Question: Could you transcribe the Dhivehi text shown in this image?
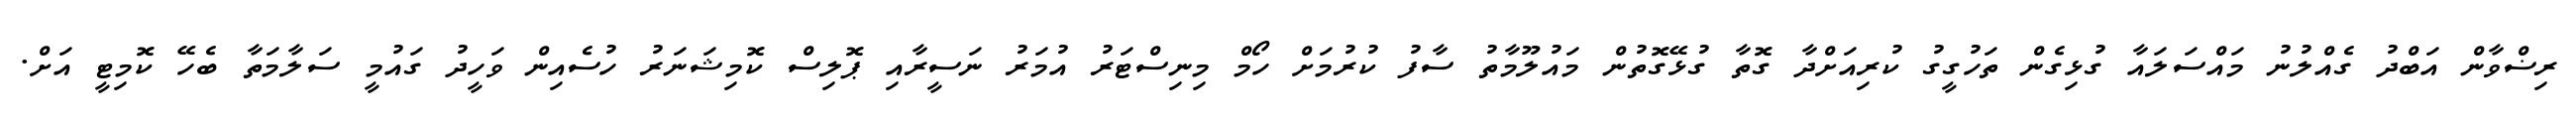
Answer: ރިޟްވާން އަބްދު ގެއްލުނު މައްސަލައާ ގުޅިގެން ތަހުގީގު ކުރިއަށްދާ ގޮތާ ގުޅޭގޮތުން މައުލޫމާތު ސާފު ކުރުމަށް ހޯމް މިނިސްޓަރު އުމަރު ނަސީރާއި ޕޮލިސް ކޮމިޝަނަރު ހުސެއިން ވަހީދު ގައުމީ ސަލާމަތާ ބެހޭ ކޮމިޓީ އަށް.